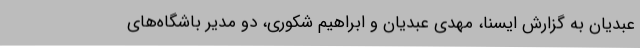
عبدیان به گزارش ایسنا، مهدی عبدیان و ابراهیم شکوری، دو مدیر باشگاه‌های